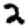
Digit: 2